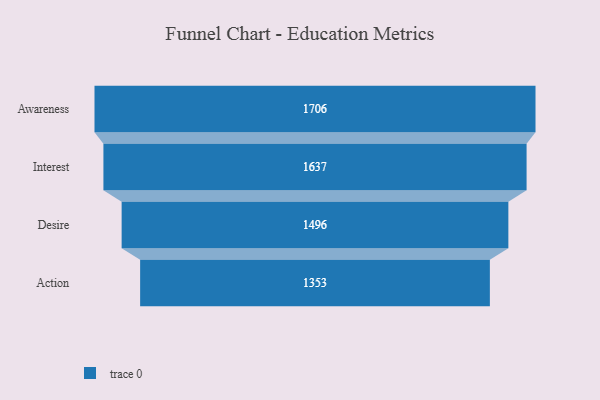
{"axis": {"x": "Stage", "y": "Value"}, "legend": [""], "data": [{"x": "Awareness", "y": 1706.0, "type": ""}, {"x": "Interest", "y": 1637.0, "type": ""}, {"x": "Desire", "y": 1496.0, "type": ""}, {"x": "Action", "y": 1353.0, "type": ""}]}